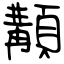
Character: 顜